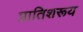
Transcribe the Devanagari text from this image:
प्रातिशरूय